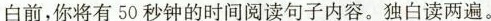
白前,你将有50秒钟的时间阅读句子内容。独白读两遍.。